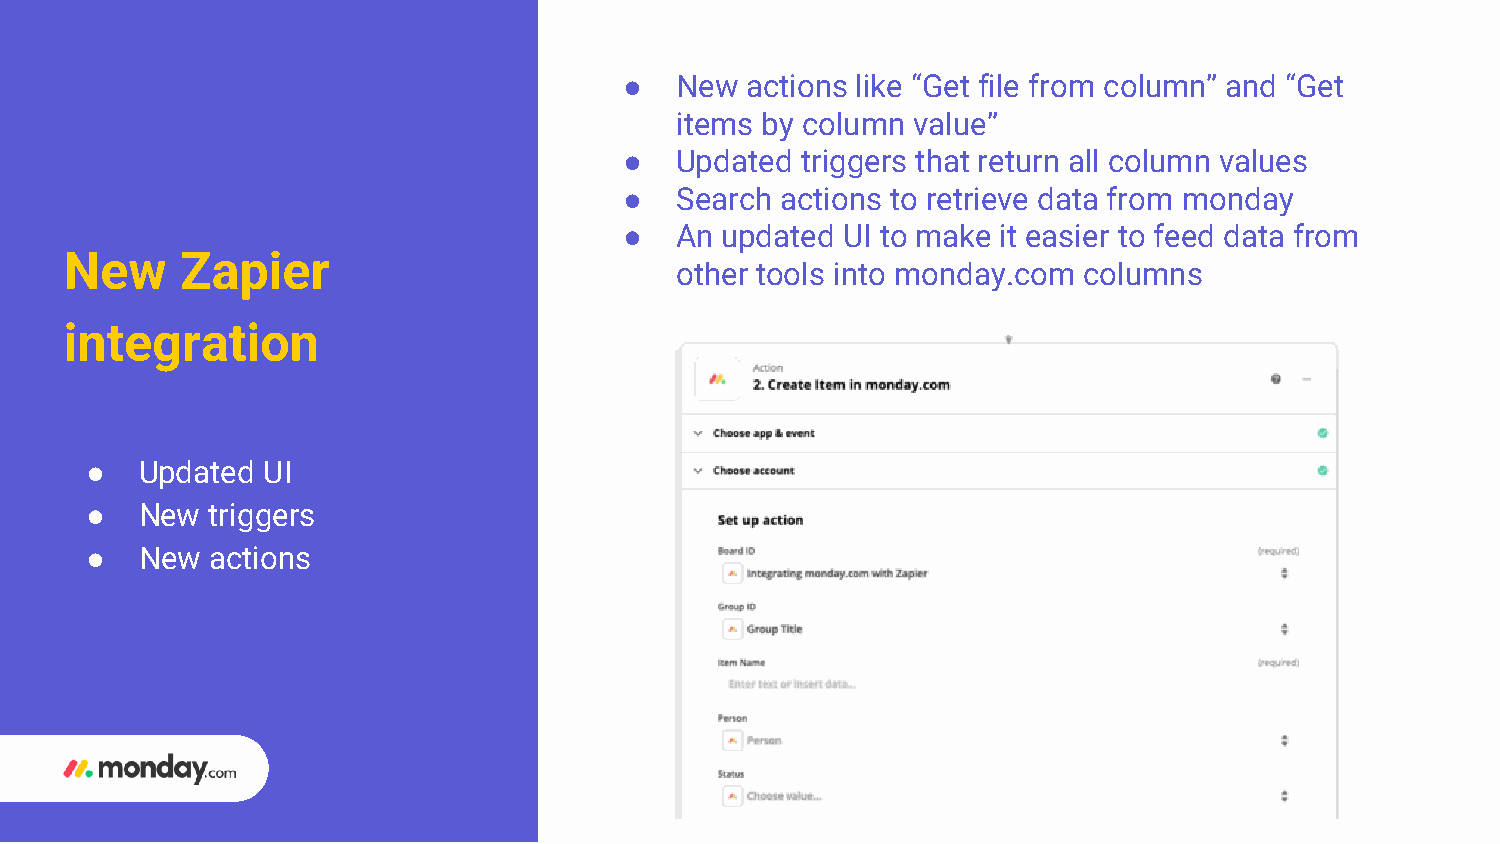
●   New actions like “Get file from column” and “Get
 items by column value”
 ●   Updated triggers that return all column values
 ●   Search actions to retrieve data from monday
 ●   An updated UI to make it easier to feed data from
 New     Zapier
 other tools into monday.com columns
 integration
 ●  Updated UI
 ●  New  triggers
 ●  New  actions